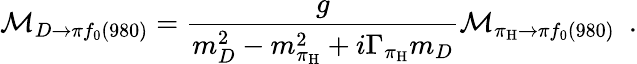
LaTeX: {\cal M}_{D\to\pi f_{0}(980)}={\frac{g}{m_{D}^{2}-m_{\pi_{\mathrm{H}}}^{2}+i\Gamma_{\pi_{\mathrm{H}}}m_{D}}}{\cal M}_{\pi_{\mathrm{H}}\to\pi f_{0}(980)}\ \ .